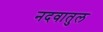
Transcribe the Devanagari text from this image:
नदवातुल